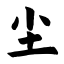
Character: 尘